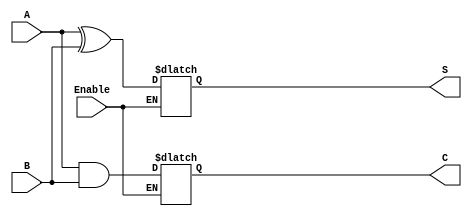
module conditional_half_adder (
    input wire A,       // First input bit
    input wire B,       // Second input bit
    input wire Enable,  // Control signal
    output reg S,       // Sum output
    output reg C        // Carry output
);

// Internal signals for sum and carry
wire sum_temp;
wire carry_temp;

// Compute the sum and carry when Enable is HIGH
assign sum_temp = A ^ B;  // XOR for sum
assign carry_temp = A & B; // AND for carry

always @(*) begin
    if (Enable) begin
        S = sum_temp; // Update sum
        C = carry_temp; // Update carry
    end
    // If Enable is LOW, retain previous values of S and C
end

endmodule